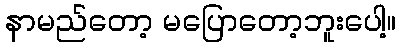
နာမည်တော့ မပြောတော့ဘူးပေါ့။